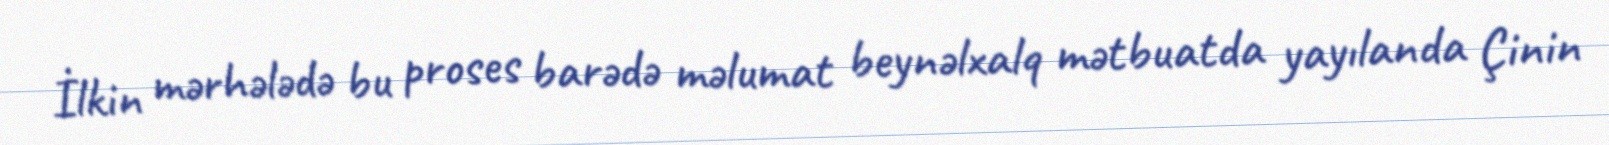
İlkin mərhələdə bu proses barədə məlumat beynəlxalq mətbuatda yayılanda Çinin